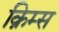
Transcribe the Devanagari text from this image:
क्रिम्स